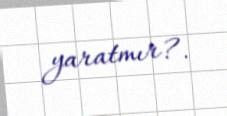
yaratmır?.